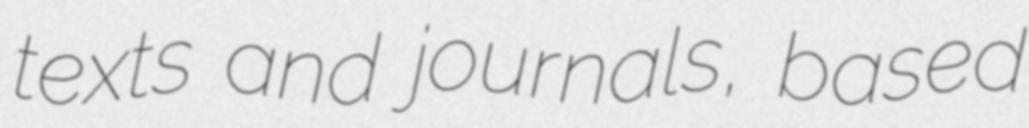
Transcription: texts and journals, based